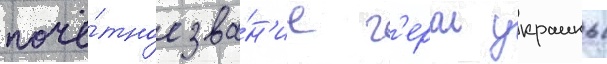
почё́тное зва́н'ие г'ерои украины